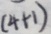
( 4 + 1 )